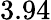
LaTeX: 3.94